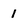
Character: 1